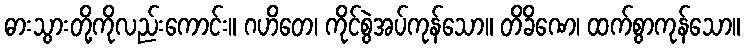
ဓားသွားတို့ကိုလည်းကောင်း။ ဂဟိတေ၊ ကိုင်စွဲအပ်ကုန်သော။ တိခိဏေ၊ ထက်စွာကုန်သော။